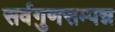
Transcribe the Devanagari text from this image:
सर्वगुणसम्पन्न